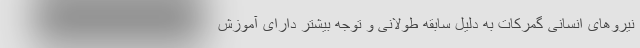
نیروهای انسانی گمرکات به دلیل سابقه طولانی و توجه بیشتر دارای آموزش